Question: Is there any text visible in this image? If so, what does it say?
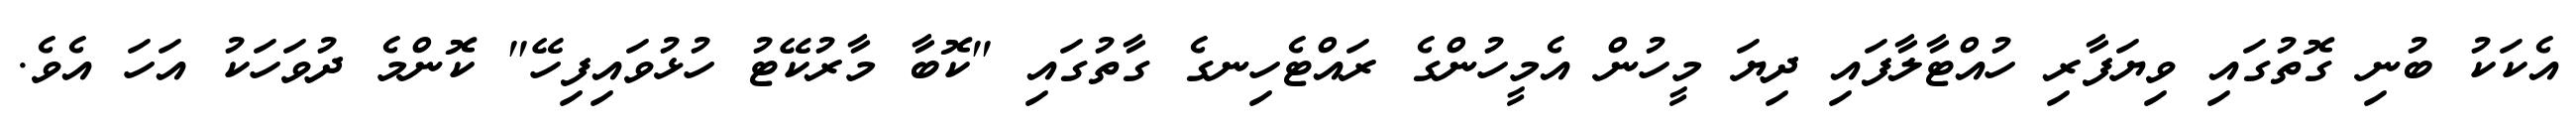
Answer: އެކަކު ބުނި ގޮތުގައި ވިޔަފާރި ހުއްޓާލާފައި ދިޔަ މީހުން އެމީހުންގެ ރައްޓެހިނގެ ގާތުގައި "ކޮބާ މާރުކޭޓު ހުޅުވައިފިހޭ" ކޮންމެ ދުވަހަކު އަހަ އެވެ.